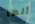
أنها